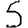
Digit: 5